Vaccination in the Punjab 1905-1918 - 1905-1918
Year: 1905
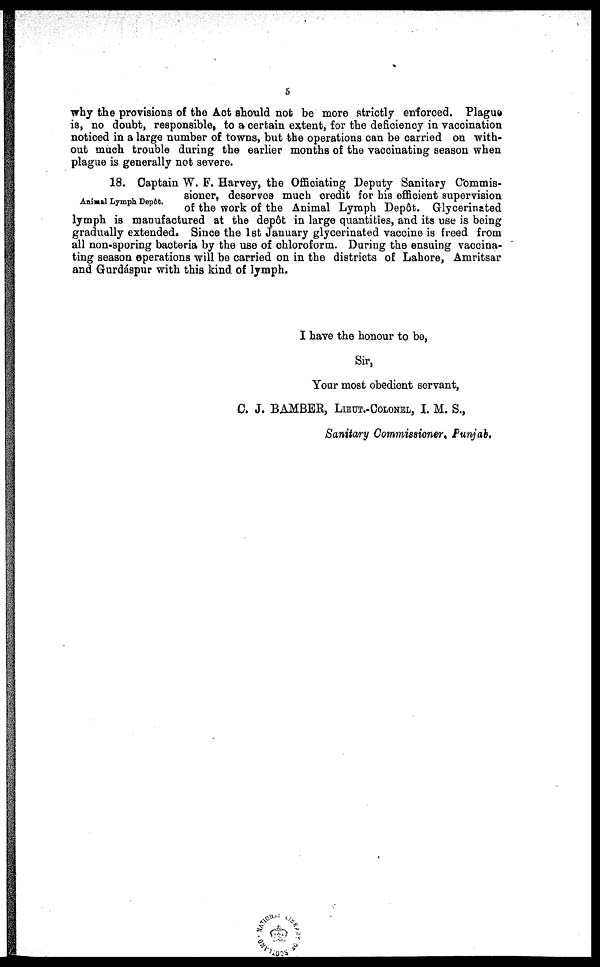
5
why the provisions of the Act should not be more strictly enforced. Plague
is, no doubt, responsible, to a certain extent, for the deficiency in vaccination
noticed in a large number of towns, but the operations can be carried on with-
out much trouble during the earlier months of the vaccinating season when
plague is generally not severe.
Animal Lymph Depôt.
18. Captain W. F. Harvey, the Officiating Deputy Sanitary Commis-
sioner, deserves much credit for his efficient supervision
of the work of the Animal Lymph Depôt. Glycerinated
lymph is manufactured at the depôt in large quantities, and its use is being
gradually extended. Since the 1st January glycerinated vaccine is freed from
all non-sporing bacteria by the use of chloroform. During the ensuing vaccina-
ting season operations will be carried on in the districts of Lahore, Amritsar
and Gurdáspur with this kind of lymph.
I have the honour to be,
Sir,
Your most obedient servant,
C. J. BAMBER, LIEUT.-COLONEL, I. M. S.,
Sanitary Commissioner, Punjab.